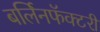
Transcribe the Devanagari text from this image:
बर्लिनफॅक्टरी